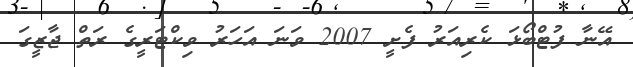
އޭނާ ފުޓްބޯޅަ ކެރިއަރު ފެށީ 2007 ވަނަ އަހަރު ވިކްޓަރީގެ ރަތް ޖާޒީގަ